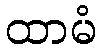
ထာမံ